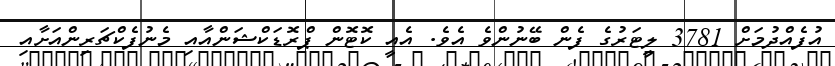
އުފެއްދުމަށް 3781 ލީޓަރުގެ ފެން ބޭނުންވެ އެވެ. އެއީ ކޮޓޮން ޕްރޮޑަކްޝަންއާއި މެނުފެކްޗަރިންއަށާއި